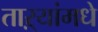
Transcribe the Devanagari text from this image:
ताऱ्यांमधे